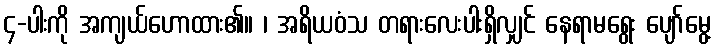
၄-ပါးကို အကျယ်ဟောထား၏။ ၊ အရိယဝံသ တရားလေးပါးရှိလျှင် နေရာမရွေး ပျော်မွေ့